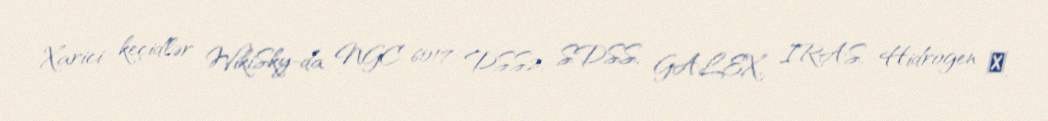
Xarici keçidlər WikiSky-da NGC 6017: DSS2, SDSS, GALEX, IRAS, Hidrogen α,